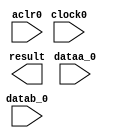
//Copyright (C) 1991-2003 Altera Corporation
//Any  megafunction  design,  and related netlist (encrypted  or  decrypted),
//support information,  device programming or simulation file,  and any other
//associated  documentation or information  provided by  Altera  or a partner
//under  Altera's   Megafunction   Partnership   Program  may  be  used  only
//to program  PLD  devices (but not masked  PLD  devices) from  Altera.   Any
//other  use  of such  megafunction  design,  netlist,  support  information,
//device programming or simulation file,  or any other  related documentation
//or information  is prohibited  for  any  other purpose,  including, but not
//limited to  modification,  reverse engineering,  de-compiling, or use  with
//any other  silicon devices,  unless such use is  explicitly  licensed under
//a separate agreement with  Altera  or a megafunction partner.  Title to the
//intellectual property,  including patents,  copyrights,  trademarks,  trade
//secrets,  or maskworks,  embodied in any such megafunction design, netlist,
//support  information,  device programming or simulation file,  or any other
//related documentation or information provided by  Altera  or a megafunction
//partner, remains with Altera, the megafunction partner, or their respective
//licensors. No other licenses, including any licenses needed under any third
//party's intellectual property, are provided herein.

module le_mult1 (
	aclr0,
	clock0,
	dataa_0,
	datab_0,
	result);

	input	  aclr0;
	input	  clock0;
	input	[11:0]  dataa_0;
	input	[2:0]  datab_0;
	output	[14:0]  result;

endmodule